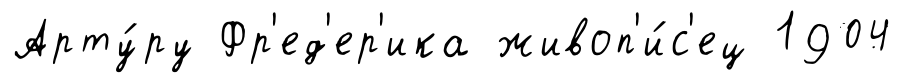
Арту́ру Фр'ед'ер'ика живоп'и́с'ец 1904